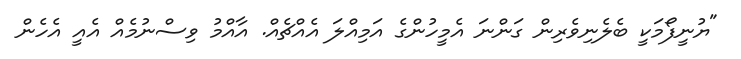
"ޔުނީފޯމަކީ ބެލެނިވެރިން ގަންނަ އެމީހުންގެ އަމިއްލަ އެއްޗެއް. އާއްމު ވިސްނުމެއް އެއީ އެހެން